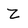
Character: Z